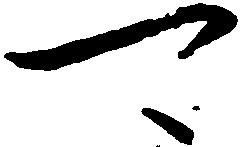
可